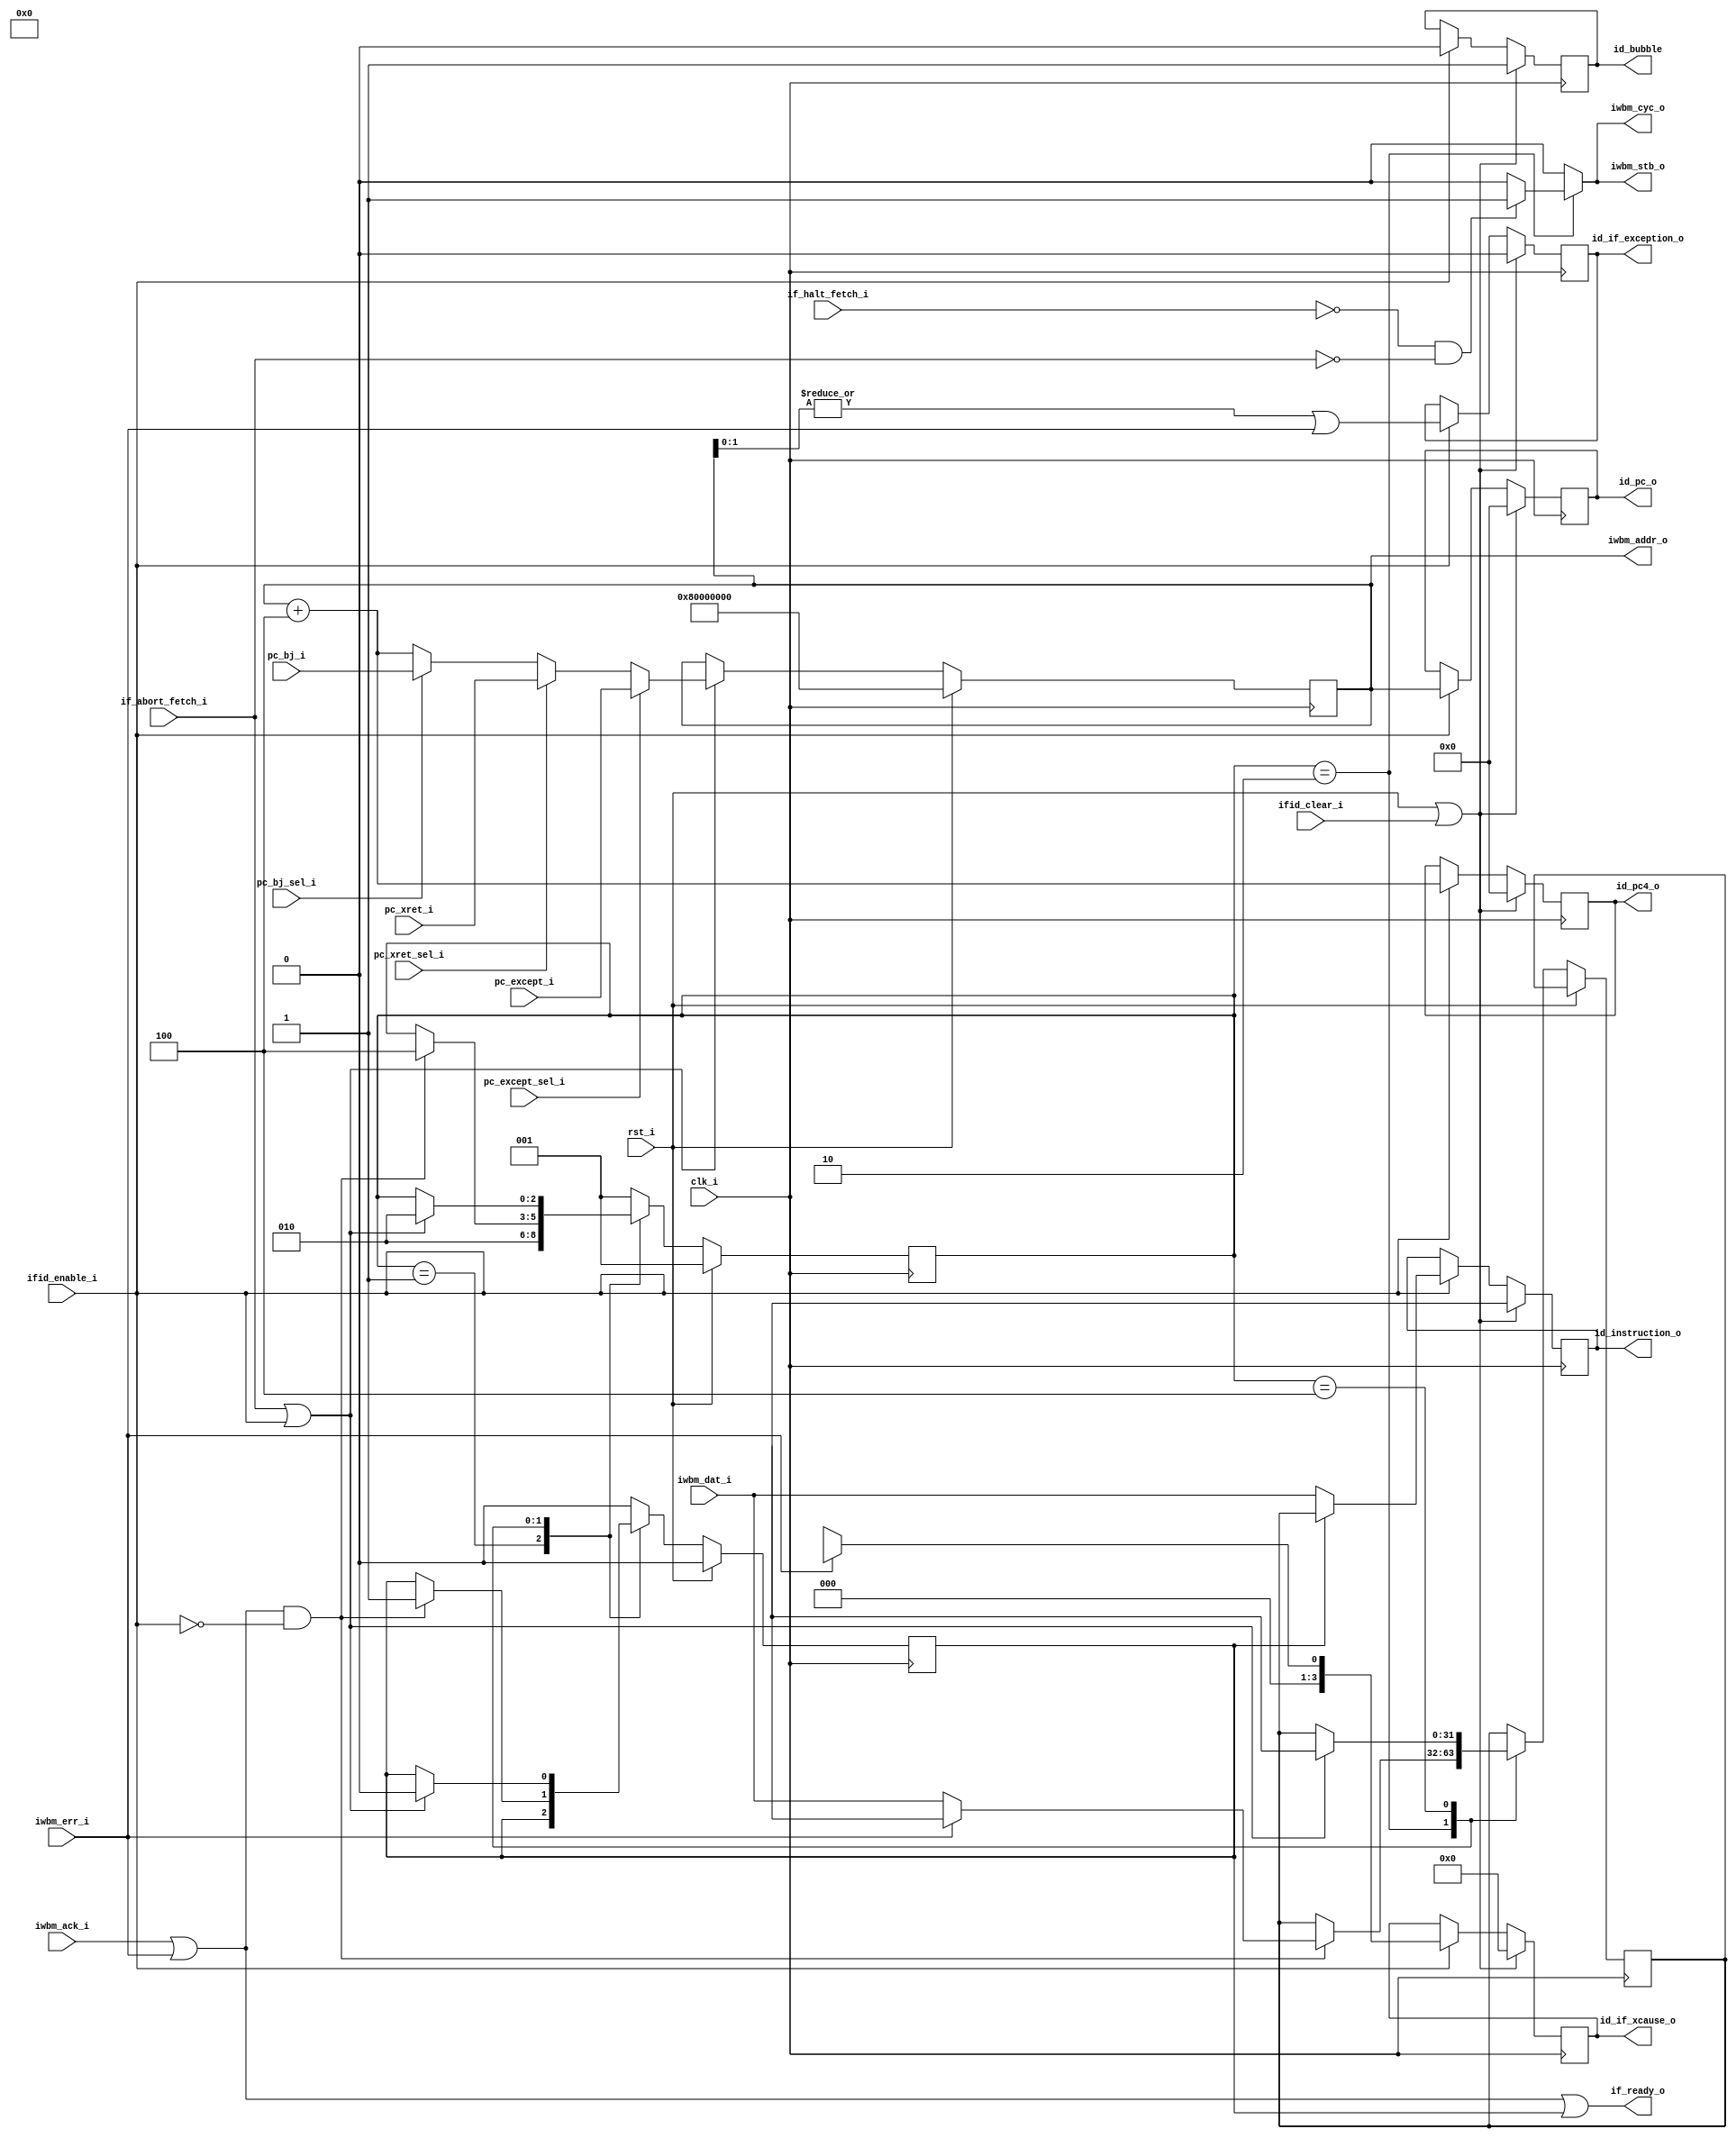
module mirfak_if_stage #(
                         parameter [31:0] RESET_ADDR = 32'h8000_0000
                         )(
                           input wire        clk_i,
                           input wire        rst_i,
                           // New pc from pipeline
                           input wire [31:0] pc_bj_i,
                           input wire [31:0] pc_except_i,
                           input wire [31:0] pc_xret_i,
                           // New pc selector
                           input wire        pc_bj_sel_i,
                           input wire        pc_except_sel_i,
                           input wire        pc_xret_sel_i,
                           // IF -> ID
                           output reg [31:0] id_pc_o,
                           output reg [31:0] id_pc4_o,
                           output reg [31:0] id_instruction_o,
                           output reg        id_if_exception_o,
                           output reg [3:0]  id_if_xcause_o,
                           output reg        id_bubble,
                           // Instruction port
                           output reg [31:0] iwbm_addr_o,
                           output reg        iwbm_cyc_o,
                           output reg        iwbm_stb_o,
                           input wire [31:0] iwbm_dat_i,
                           input wire        iwbm_ack_i,
                           input wire        iwbm_err_i,
                           // pipeline control
                           input wire        ifid_enable_i,
                           input wire        ifid_clear_i,
                           input wire        if_abort_fetch_i,
                           input wire        if_halt_fetch_i,
                           output reg        if_ready_o
                           );
    //--------------------------------------------------------------------------
    //
    localparam ifu_state_reset = 3'b001;
    localparam ifu_state_fetch = 3'b010;
    localparam ifu_state_stall = 3'b100;
    reg [2:0] ifu_state;
    reg       instr_sel;
    //
    reg [31:0] pc, pc4, npc;
    reg [31:0] instruction_q;
    reg        exception;
    reg [3:0]  xcause;
    // select the new PC
    always @(*) begin
        pc4 = pc + 32'h4;
        case (1'b1)
            pc_except_sel_i: npc = pc_except_i;
            pc_xret_sel_i:   npc = pc_xret_i;
            pc_bj_sel_i:     npc = pc_bj_i;
            default:         npc = pc4;
        endcase
    end
    // PC register
    always @(posedge clk_i) begin
        if (rst_i) begin
            pc <= RESET_ADDR;
        end else if (ifid_enable_i || if_abort_fetch_i) begin
            pc <= npc;
        end
    end
    // IF -> ID
    always @(posedge clk_i) begin
        if (rst_i || ifid_clear_i) begin
            id_pc_o           <= 0;
            id_pc4_o          <= 0;
            id_instruction_o  <= NOP;
            id_if_exception_o <= 0;
            id_if_xcause_o    <= 0;
            id_bubble         <= 1;
        end else if (ifid_enable_i) begin
            id_pc_o           <= pc;
            id_pc4_o          <= pc4;
            id_instruction_o  <= (instr_sel) ? instruction_q : iwbm_dat_i;
            id_if_exception_o <= exception;
            id_if_xcause_o    <= xcause;
            id_bubble         <= 0;
        end
    end
    // exception
    always @(*) begin
        exception = |pc[1:0] || iwbm_err_i;
        case (1'b1)
            iwbm_err_i: xcause  = E_INST_ACCESS_FAULT;
            default:    xcause  = E_INST_ADDR_MISALIGNED;
        endcase
    end
    // pipeline handler
    always @(*) begin
        if_ready_o  = iwbm_ack_i || iwbm_err_i || instr_sel;
    end
    // WBM Instruction port
    always @(posedge clk_i) begin
        if (rst_i) begin
            ifu_state  <= ifu_state_reset;
            instr_sel  <= 0;
        end else begin
            case (ifu_state)
                ifu_state_reset: begin
                    ifu_state  <= ifu_state_fetch;
                end
                ifu_state_fetch: begin
                    if ((iwbm_ack_i || iwbm_err_i) && !ifid_enable_i) begin
                        ifu_state     <= ifu_state_stall;
                        instruction_q <= (iwbm_err_i) ? NOP : iwbm_dat_i;
                        instr_sel     <= 1'b1;
                    end
                end
                ifu_state_stall: begin
                    if (if_abort_fetch_i || ifid_enable_i) begin
                        ifu_state     <= ifu_state_fetch;
                        instruction_q <= NOP;
                        instr_sel     <= 1'b0;
                    end
                end
                default: begin
                    ifu_state  <= ifu_state_reset;
                    instr_sel  <= 1'b0;
                end
            endcase
        end
    end

    always @(*) begin
        iwbm_addr_o  = pc;
        iwbm_cyc_o   = 0;
        iwbm_stb_o   = 0;
        if (ifu_state == ifu_state_fetch) begin
            if (!if_halt_fetch_i && !if_abort_fetch_i) begin
                iwbm_cyc_o  = 1;
                iwbm_stb_o  = 1;
            end
        end
    end
    //--------------------------------------------------------------------------
endmodule